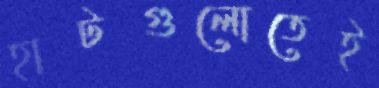
হাটগুলোতেই